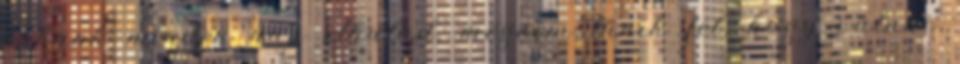
sokunk minden nap elhalad, mégsem tűnik fel, hogy valaki